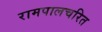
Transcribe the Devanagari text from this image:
रामपालचरित